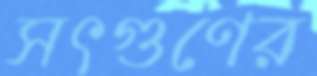
সৎগুণের